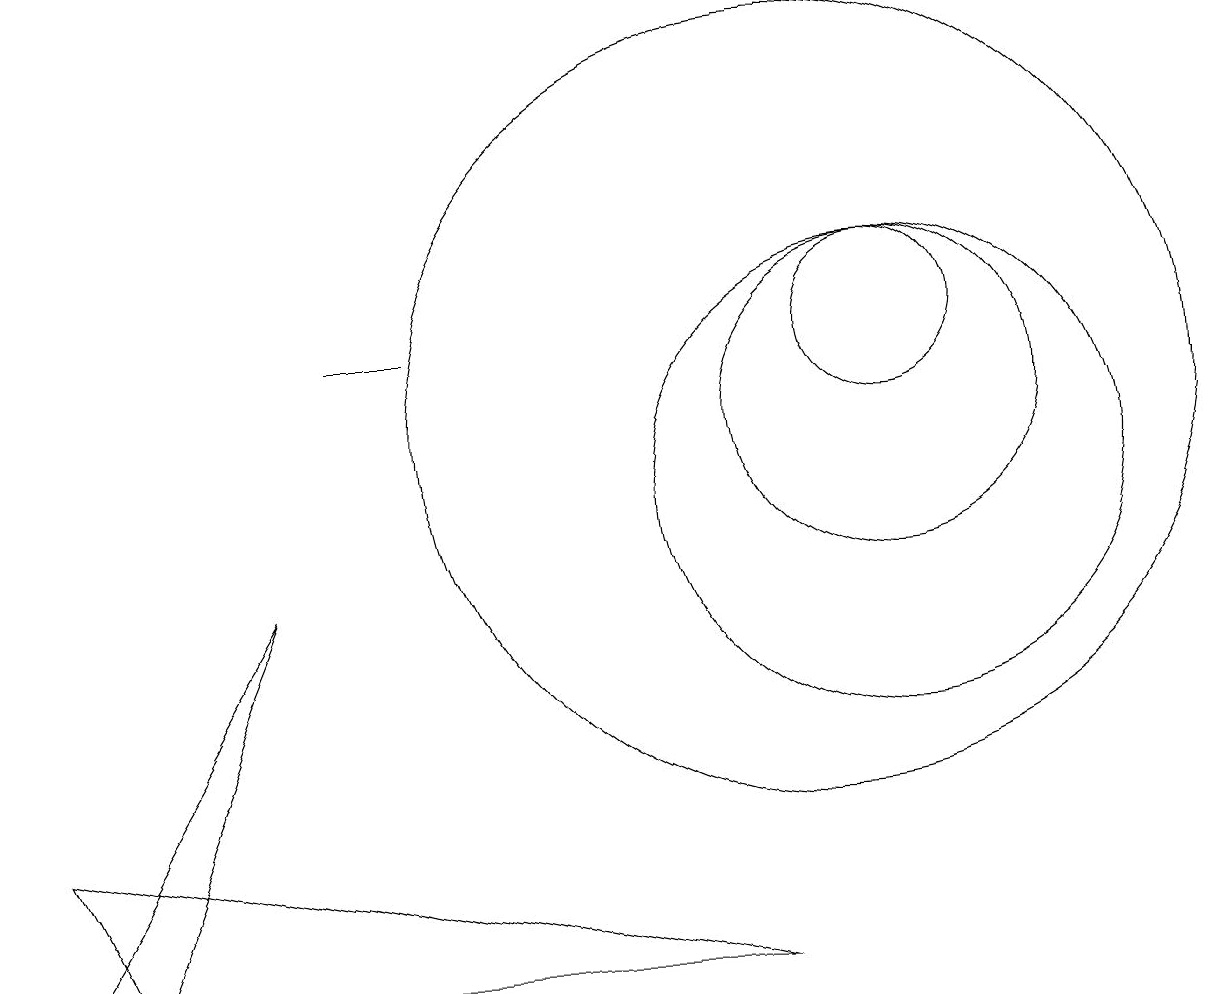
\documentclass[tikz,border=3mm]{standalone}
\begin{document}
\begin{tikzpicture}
\draw (10,11) circle (5);
\draw (3,9) -- (1,4) -- (0,4) -- cycle;
\draw (11,11) circle (2);
\draw (11,12) circle (1);
\draw (5,12) rectangle (4,12);
\draw (9,4) -- (1,4) -- (0,6) -- cycle;
\draw (11,10) circle (3);
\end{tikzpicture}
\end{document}